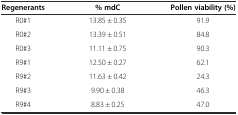
| Regenerants | % mdC | Pollen viability (%) |
 | --- | --- | --- |
 | R0#1 | 13.85 ± 0.35 | 91.9 |
 | R0#2 | 13.39 ± 0.51 | 84.8 |
 | R0#3 | 11.11 ± 0.75 | 90.3 |
 | R9#1 | 12.50 ± 0.27 | 62.1 |
 | R9#2 | 11.63 ± 0.42 | 24.3 |
 | R9#3 | 9.90 ± 0.38 | 46.3 |
 | R9#4 | 8.83 ± 0.25 | 47.0 |